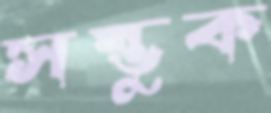
সম্ভুক